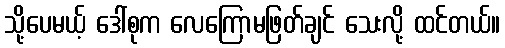
သို့ပေမယ့် ဒေါ်စုက လေကြောမဖြတ်ချင် သေးလို့ ထင်တယ်။